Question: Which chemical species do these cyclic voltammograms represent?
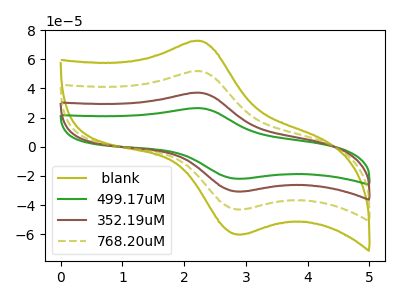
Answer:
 <answer>The olive curve is labeled " blank". The green curve is labeled "499.17uM". The brown curve is labeled "352.19uM". The olive dashed curve is labeled "768.20uM".</answer>
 <eval></eval>